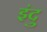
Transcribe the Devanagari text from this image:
इंदु